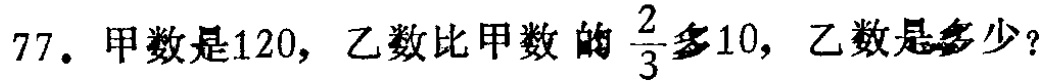
77. 甲数是120，乙数比甲数的$\frac{2}{3}$多10，乙数是多少？